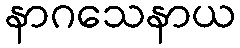
နာဂသေနာယ